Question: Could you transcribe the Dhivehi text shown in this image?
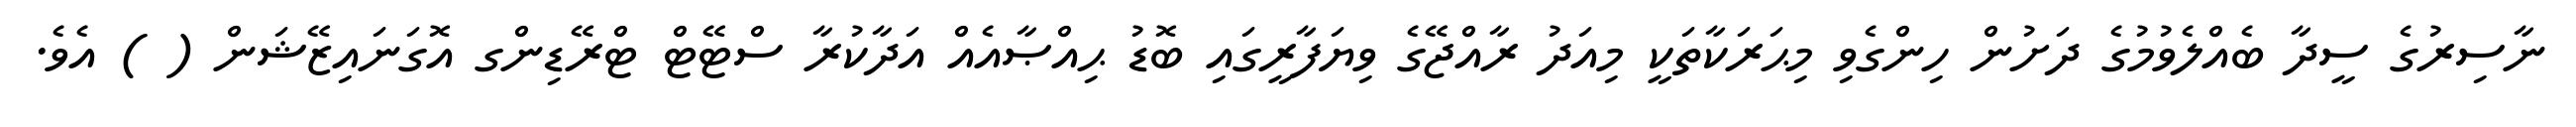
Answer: ނާސިރުގެ ސީދާ ބެއްލެވުމުގެ ދަށުން ހިންގެވި މިޙަރަކާތަކީ މިއަދު ރާއްޖޭގެ ވިޔަފާރީގައި ބޮޑު ޙިއްޞާއެއް އަދާކުރާ ސްޓޭޓް ޓްރޭޑިންގ އޮގަނައިޒޭޝަން ( ) އެވެ.